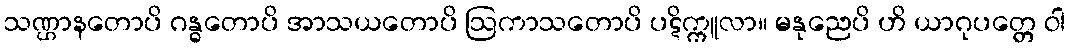
သဏ္ဌာနတောပိ ဂန္ဓတောပိ အာသယတောပိ ဩကာသတောပိ ပဋိက္ကူလာ။ မနုညေပိ ဟိ ယာဂုပတ္တေ ဝါ